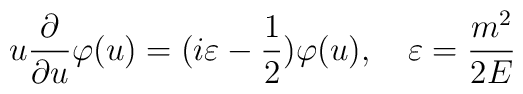
u\frac{\partial }{\partial u}\varphi (u)=(i\varepsilon -\frac{1}{2})\varphi(u),\quad \varepsilon =\frac{m^{2}}{2E}